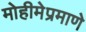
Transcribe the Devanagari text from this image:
मोहीमेप्रमाणे